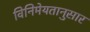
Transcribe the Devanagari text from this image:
विनिमेयतानुसार